Code of medical and sanitary regulations for the guidance of medical officers serving in the Madras Presidency - Volume I
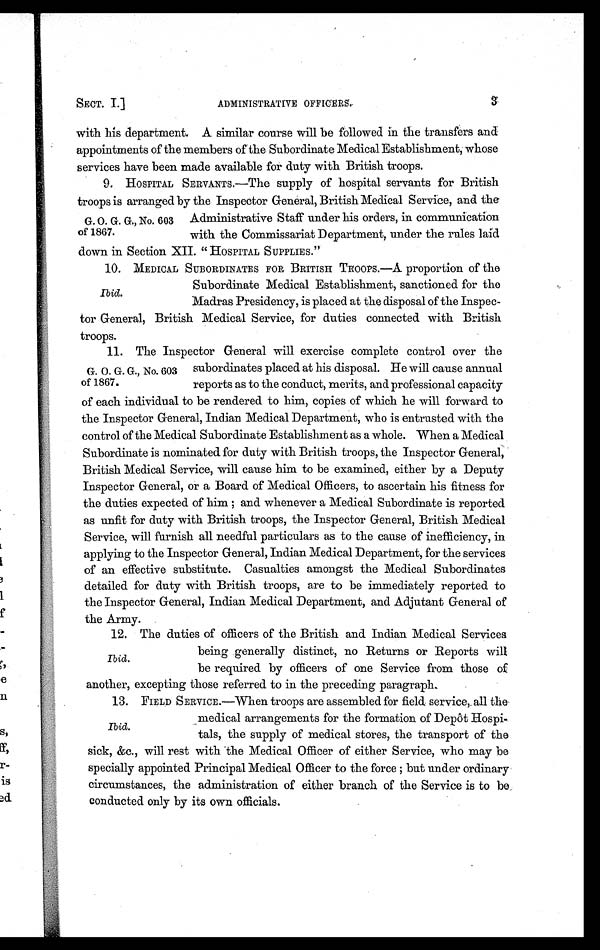
ADMINISTRATIVE OFFICERS.
SECT. I.]
with his department. A similar course will be followed in the transfers and
appointments of the members of the Subordinate Medical Establishment, whose
services have been made available for duty with British troops.
9. HOSPITAL SERVANTS.—The supply of hospital servants for British
troops is arranged by the Inspector General, British Medical Service, and the
G. O. G. G., No. 603 Administrative Staff under his orders, in communication
of 1867. with the Commissariat Department, under the rules laid
down in Section XII. “ HOSPITAL SUPPLIES.”
10. MEDICAL SUBORDINATES FOR BRITISH TROOPS.—A proportion of the
Subordinate Medical Establishment, sanctioned for the
Ibid.
Madras Presidency, is placed at the disposal of the Inspec-
tor General, British Medical Service, for duties connected with British
troops.
11.
The Inspector General will exercise complete control over the
G. O. G. G., No. 603 subordinates placed at his disposal. He will cause annual
of 1867. reports as to the conduct, merits, and professional capacity
of each individual to be rendered to him, copies of which he will forward to
the Inspector General, Indian Medical Department, who is entrusted with the
control of the Medical Subordinate Establishment as a whole. When a Medical
Subordinate is nominated for duty with British troops, the Inspector General,
British Medical Service, will cause him to be examined, either by a Deputy
Inspector General, or a Board of Medical Officers, to ascertain his fitness for
the duties expected of him ; and whenever a Medical Subordinate is reported
as unfit for duty with British troops, the Inspector General, British Medical
Service, will furnish all needful particulars as to the cause of inefficiency, in
applying to the Inspector General, Indian Medical Department, for the services
of an effective substitute. Casualties amongst the Medical Subordinates
detailed for duty with British troops, are to be immediately reported to
the Inspector General, Indian Medical Department, and Adjutant General of
the Army.
Ibid.
12.
The duties of officers of the British and Indian Medical Services
being generally distinct, no Returns or Reports will
be required by officers of one Service from those of
another, excepting those referred to in the preceding paragraph.
13.FIELD SERVICE.—When troops are assembled for field. service, all the
medical arrangements for the formation of Depôt Hospi-
Ibid.
tals, the supply of medical stores, the transport of the
sick, &c., will rest with the Medical Officer of either Service, who may be
specially appointed Principal Medical Officer to the force ; but under ordinary
circumstances, the administration of either branch of the Service is to be.
conducted only by its own officials.